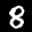
Label: 8